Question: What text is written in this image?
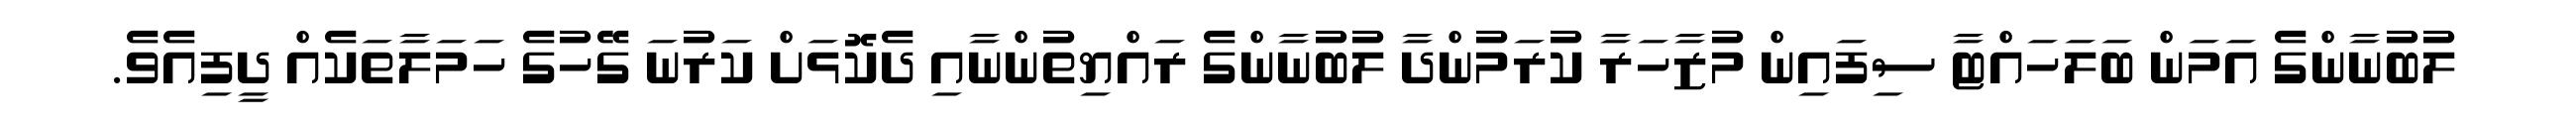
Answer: ލުބުނާންގެ އަމަން ބަލަހައްޓާ ސިފައިން މުޒާހަރާ ކުރަމުންދާ ލުބުނާންގެ ރައްޔިތުންނާއި ދެކޮޅަށް ކަރުނަ ގޭހުގެ ހަމަލާތަކެއް ދީފިއެވެ.